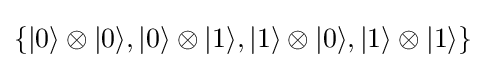
\{|0\rangle \otimes |0\rangle ,|0\rangle \otimes |1\rangle ,|1\rangle \otimes |0\rangle ,|1\rangle \otimes |1\rangle \}